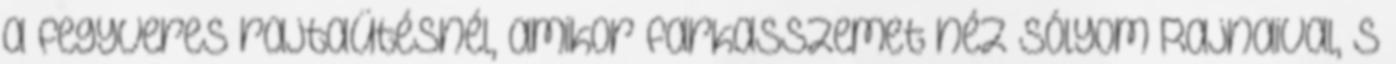
a fegyveres rajtaütésnél, amikor farkasszemet néz Sólyom Rajnaival, s